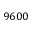
9 6 0 0